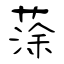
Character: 蒤